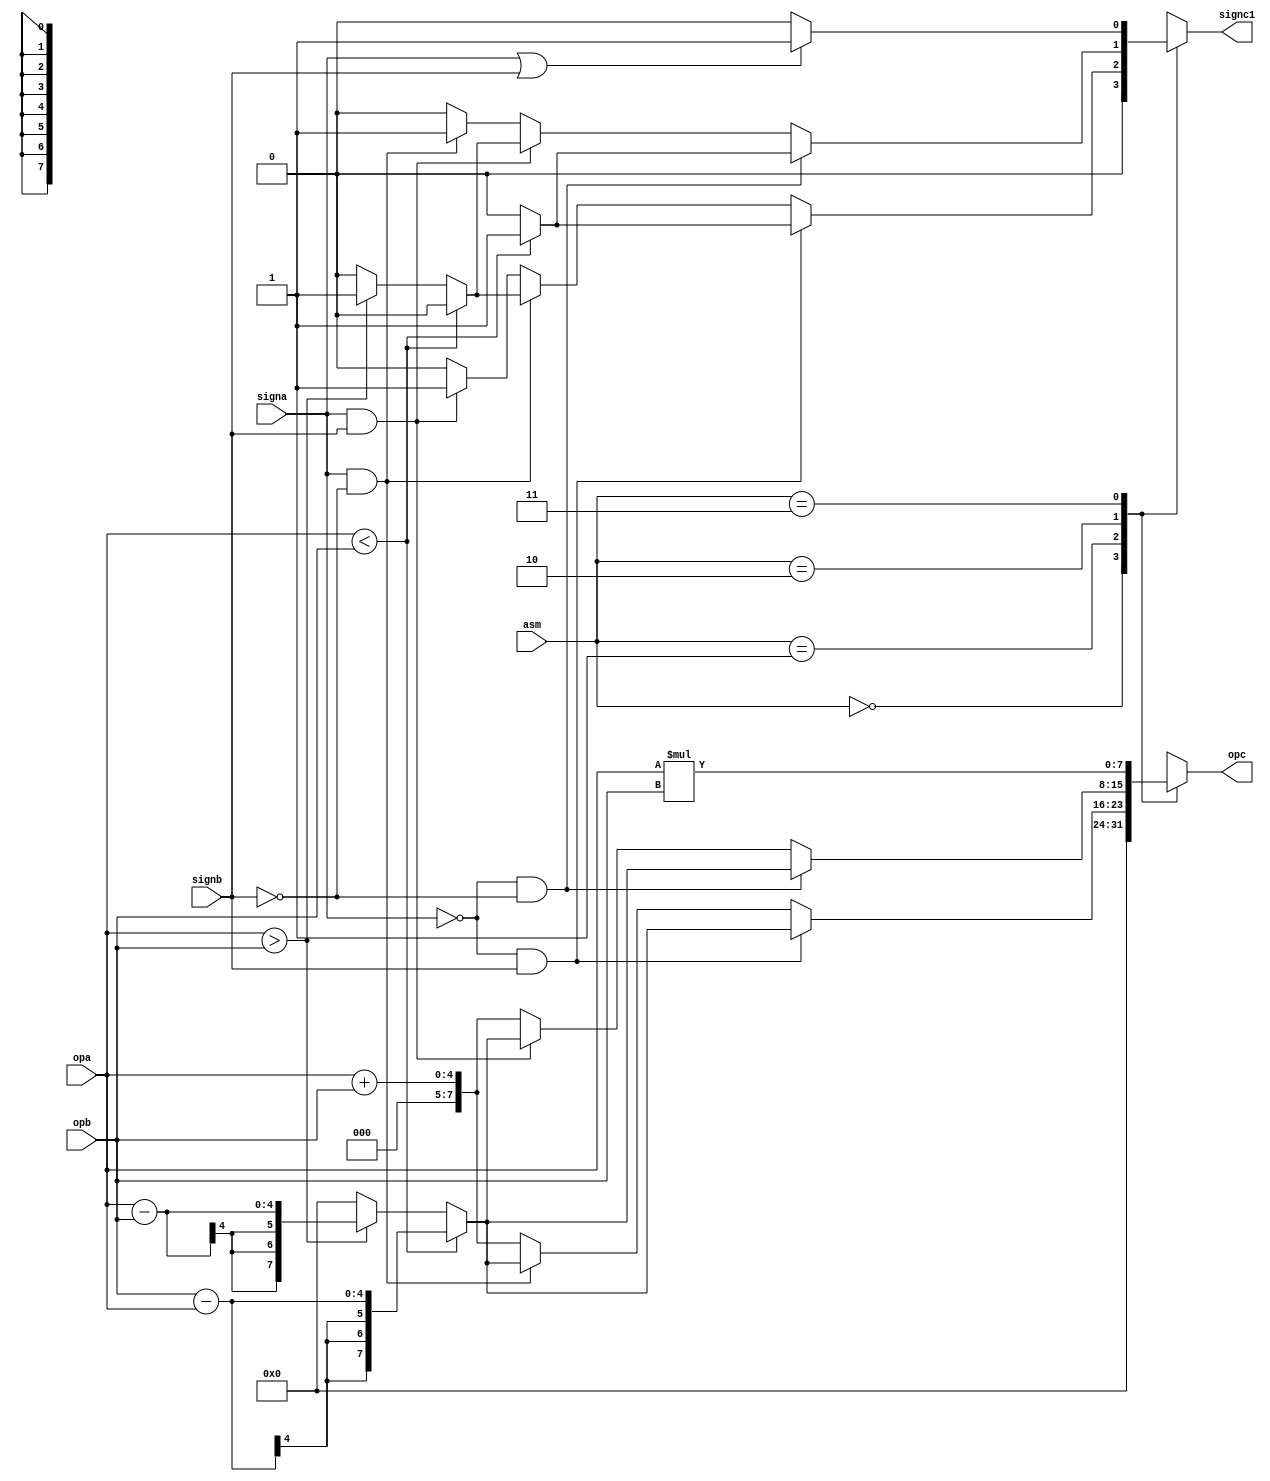
`timescale 1ns / 1ps


module ALU(
    input [3:0] opa,
    input [3:0] opb,
    input signa,
    input signb,
    input [1:0] asm,
    output [7:0] opc,
    output signc1
    );
    reg [7:0] ropc=0;
    reg signc=0;
    always@(*)
    begin
    case(asm)
            2'b00: 
            begin
            ropc <= 0;
            signc <=0;
            end
            
            2'b01://ADD
            begin
                if(signa==0 && signb==1)
                begin
                    if(opa<opb)
                    begin
                    ropc <= opb-opa;
                    signc <=1;
                    end
                   else if(opa>opb)
                    begin
                    ropc <= opa-opb;
                    signc <=0;
                    end
                    else
                    begin
                    ropc <=0;
                    signc <=0;
                    end
                end
               else if(signa==1 && signb==0)
                begin
                    if(opa<opb)
                    begin
                    ropc <= opb-opa;
                    signc <=0;
                    end
                   else if(opa>opb)
                    begin
                    ropc <= opa-opb;
                    signc <=1;
                    end
                    else
                    begin
                    ropc <=0;
                    signc <=0;
                    end
                end
                else if(signa==1 && signb==1)
                begin
                ropc <=opa+opb;
                signc <=1;                
                end
                else 
                begin
                ropc <=opa+opb;
                signc <=0;                
                end
            end 
            
            2'b10://SUBTRACT
            begin
                if(signa==0 && signb==0)
                begin
                    if(opa<opb)
                    begin
                    ropc <= opb-opa;
                    signc <=1;
                    end
                   else if(opa>opb)
                    begin
                    ropc <= opa-opb;
                    signc <=0;
                    end
                    else
                    begin
                    ropc <=0;
                    signc <=0;
                    end
                end
               else if(signa==1 && signb==1)
                begin
                    if(opa<opb)
                    begin
                    ropc <= opb-opa;
                    signc <=0;
                    end
                   else if(opa>opb)
                    begin
                    ropc <= opa-opb;
                    signc <=1;
                    end
                    else
                    begin
                    ropc <=0;
                    signc <=0;
                    end
                end
                else if(signa==1 && signb==0)
                begin
                ropc <=opa+opb;
                signc <=1;                
                end
                else 
                begin
                ropc <=opa+opb;
                signc <=0;                
                end
            end 
            
            2'b11: //MULTIPICATION
            begin
             ropc = opa * opb;
                if(signa==1 || signb==1)
                    signc <= 1;
                else if(signa==0 && signb==0)
                    signc <= 0;
                else
                    signc <= 0;
            
            end 
           
        endcase
   end 
   assign opc = ropc;
   assign signc1 = signc;
endmodule